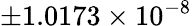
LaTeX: \pm 1.0173\times{10^{-8}}